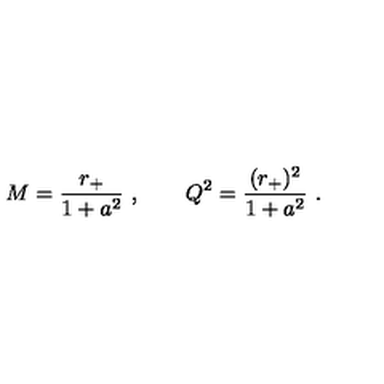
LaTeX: M = { \frac { r _ { + } } { 1 + a ^ { 2 } } } \ , \qquad Q ^ { 2 } = { \frac { ( r _ { + } ) ^ { 2 } } { 1 + a ^ { 2 } } } \ .